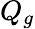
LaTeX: Q_{g}